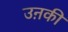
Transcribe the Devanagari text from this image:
उऩकी